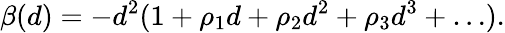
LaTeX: \beta(d)=-d^{2}(1+\rho_{1}d+\rho_{2}d^{2}+\rho_{3}d^{3}+\ldots).